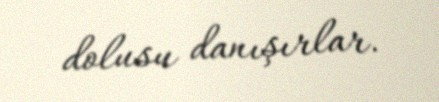
dolusu danışırlar.